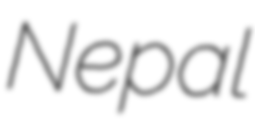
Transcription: Nepal